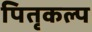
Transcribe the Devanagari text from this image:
पितृकल्प